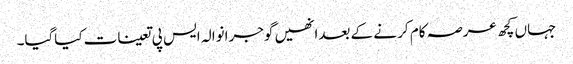
جہاں کچھ عرصہ کام کر نے کے بعدانھیں گوجرانوالہ ایس پی تعینات کیاگیا۔